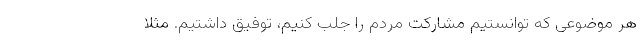
هر موضوعی که توانستیم مشارکت مردم را جلب کنیم، توفیق داشتیم. مثلا